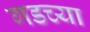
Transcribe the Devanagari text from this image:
गडच्या